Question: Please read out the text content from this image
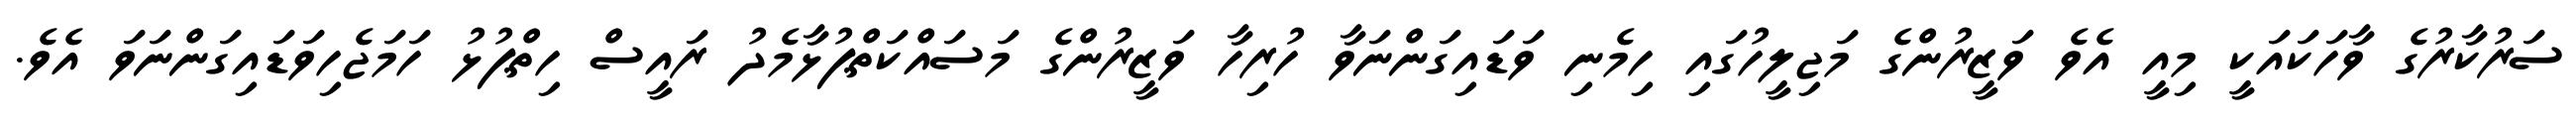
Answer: ސަރުކާރުގެ ވާހަކައަކީ މިއީ އެވެ ވަޒީރުންގެ މަޖިލީހުގައި ހިމެނި ވަޑައިގަންނަވާ ހުރިހާ ވަޒީރުންގެ މަސައްކަތްޕުޅާމެދު ރައީސް ހިތްޕުޅު ހަމަޖެހިވަޑައިގަންނަވަ އެވެ.